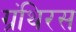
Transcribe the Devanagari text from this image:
ग्रंथिरस